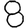
Digit: 8